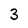
Character: 3